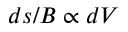
d s / B \propto d V